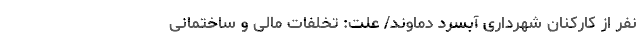
نفر از کارکنان شهرداری آبسرد دماوند/ علت: تخلفات مالی و ساختمانی